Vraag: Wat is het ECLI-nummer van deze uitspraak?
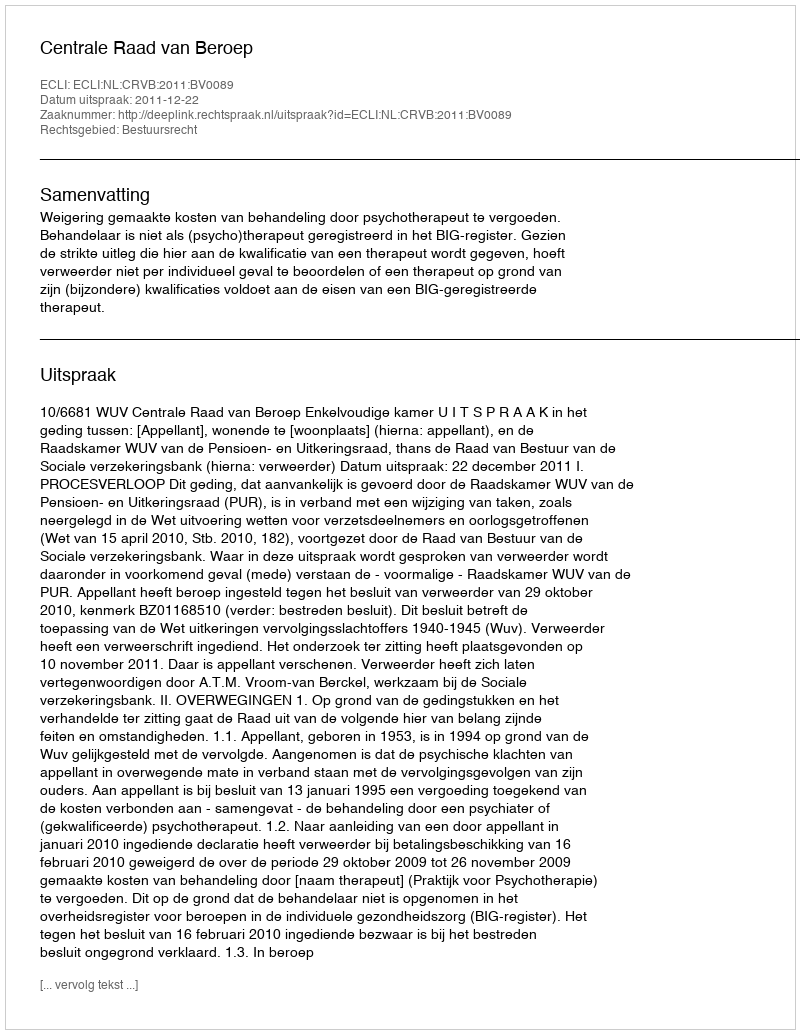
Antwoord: ECLI:NL:CRVB:2011:BV0089